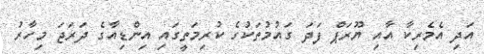
އަދި އެމެރިކާ އާއި ޔޫރަޕް ފަދަ ގައުމުތަކުގެ ކުރިމަތީގައި އިންޑިއާގެ ދަރަޖަ މިހާރު